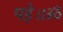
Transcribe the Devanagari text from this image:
पड़े॥ॐ